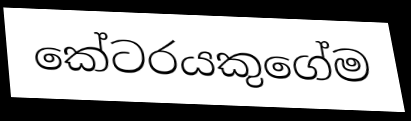
කේටරයකුගේම